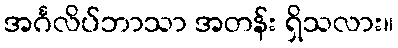
အင်္ဂလိပ်ဘာသာ အတန်း ရှိသလား။